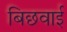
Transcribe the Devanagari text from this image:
बिछवाई